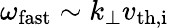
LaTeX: \omega_{\mathrm{fast}}\sim k_{\perp}v_{\mathrm{th,i}}